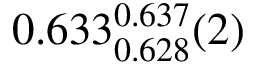
0 . 6 3 3 _ { 0 . 6 2 8 } ^ { 0 . 6 3 7 } ( 2 )